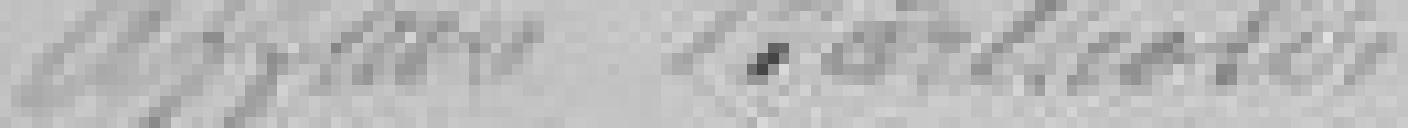
Affaire Bartholdi